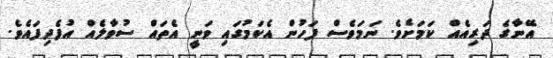
އޭނާގެ ދަރިއެއް ކަމަށެވެ. ނަމަވެސް ފަހުން އެކަމުގައި ވަނީ އެތައް ސުވާލެއް އުފެދިފައެވެ.